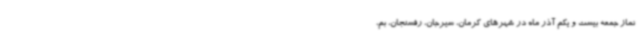
نماز جمعه بیست و یکم آذر ماه در شهرهای کرمان، سیرجان، رفسنجان، بم،